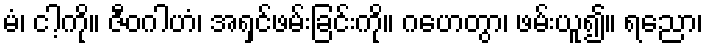
မံ၊ ငါ့ကို။ ဇီဝဂါဟံ၊ အရှင်ဖမ်းခြင်းကို။ ဂဟေတွာ၊ ဖမ်းယူ၍။ ရညော၊